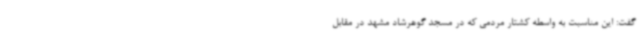
گفت: این مناسبت به واسطه کشتار مردمی که در مسجد گوهرشاد مشهد در مقابل